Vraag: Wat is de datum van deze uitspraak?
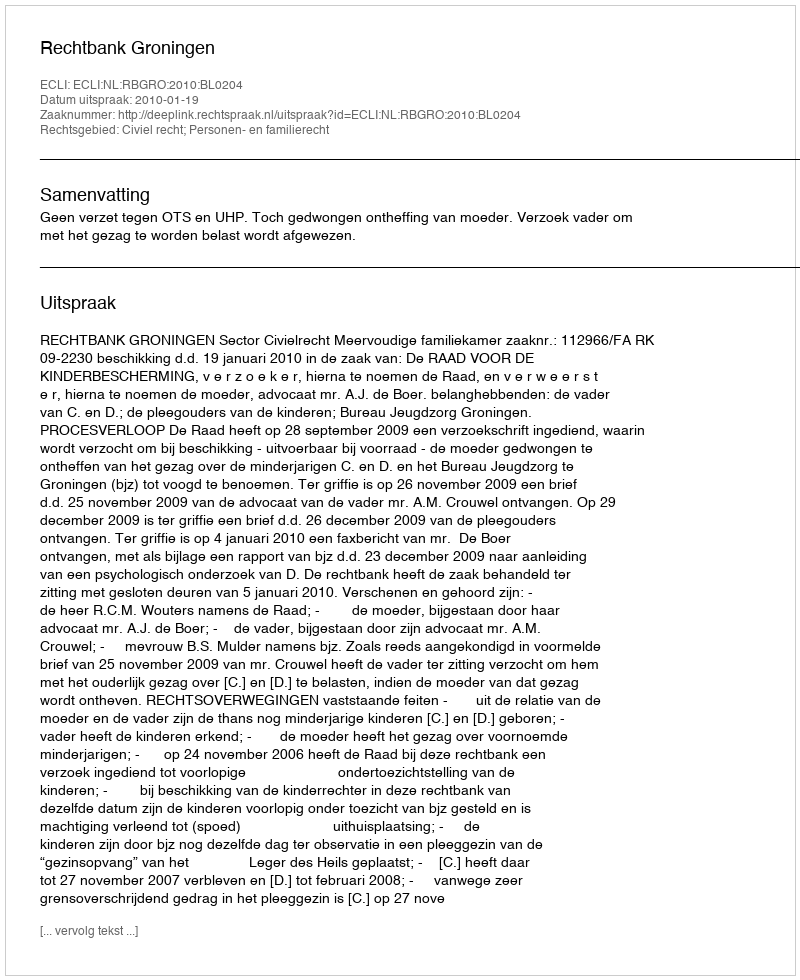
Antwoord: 2010-01-19